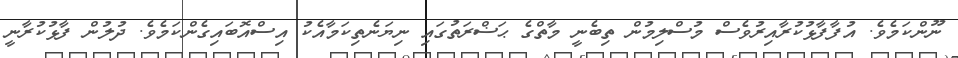
ނޫންކަމެވެ. އުފާފާޅުކުރާއިރުވެސް މުސްލިމުން ތިބެނީ މާތްގެ ޙަޟްރަތުގައި ނިޔަނެތިކަމާއެކު އިސްއޮބައިގެންކަމެވެ. ދުލުން ފާޅުކުރާނީ